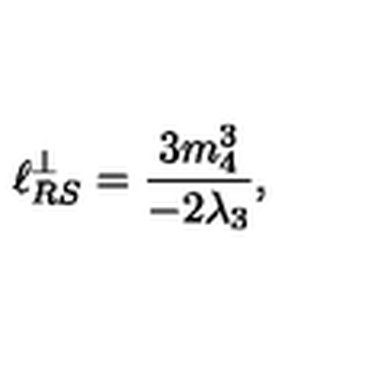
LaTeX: \ell _ { R S } ^ { \perp } = \frac { 3 m _ { 4 } ^ { 3 } } { - 2 \lambda _ { 3 } } ,